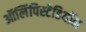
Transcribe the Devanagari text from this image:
ऑलिंपिस्टेडियॉन